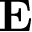
\textbf { E }